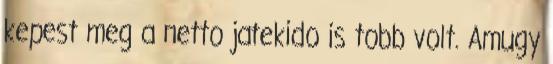
kepest meg a netto jatekido is tobb volt. Amugy